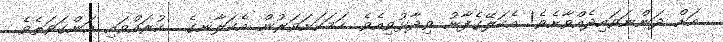
އަށް ދަންނަވައިދެއްވާށެވެ! އެކަލޭގެފާނު ވިދާޅުވިއެވެ. ހަމަކަށަވަރުން އެކަލާނގެ  ކުރައްވައި އަންގަވަތެވެ.